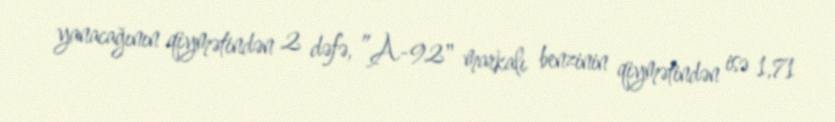
yanacağının qiymətindən 2 dəfə, ”A-92" markalı benzinin qiymətindən isə 1,71